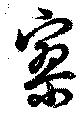
寥